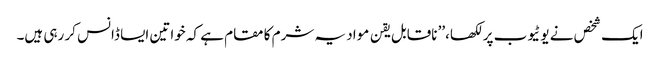
ایک شخص نے یوٹیوب پر لکھا،’’ ناقابل یقن مواد یہ شرم کا مقام ہے کہ خواتین ایسا ڈانس کر رہی ہیں۔